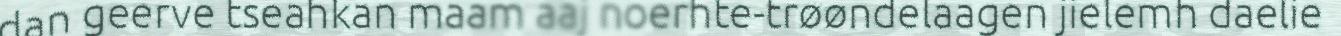
dan geerve tseahkan maam aaj noerhte-trøøndelaagen jielemh daelie